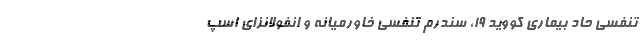
تنفسی حاد بیماری کووید ۱۹، سندرم تنفسی خاورمیانه و انفولانزای اسپ